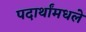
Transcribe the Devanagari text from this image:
पदार्थांमधले